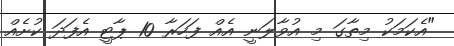
"އެކަމަކު މިތާގަ މި އުވާލަނީ އެއް ފަހަރާ 10 ޕާޓީ އެފަދަ ކުށެއް